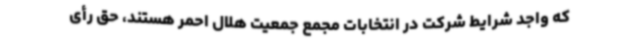
که واجد شرایط شرکت در انتخابات مجمع جمعیت هلال احمر هستند، حق رأی